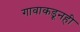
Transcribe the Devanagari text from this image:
गावाकडूनही